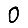
Digit: 0